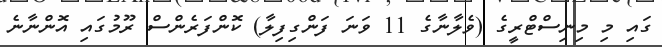
ގައި މި މިނިސްޓްރީގެ (ވެލާނާގެ 11 ވަނަ ފަންގިފިލާ) ކޮންފަރެންސް ރޫމުގައި އޮންނާނެ